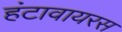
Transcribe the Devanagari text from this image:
हंटावायरस